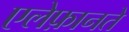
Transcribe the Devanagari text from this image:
एलेफ़ानते